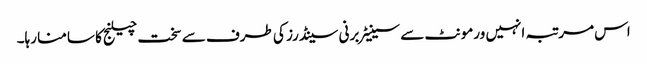
اس مرتبہ انہیں ورمونٹ سے سینیٹر برنی سینڈرز کی طرف سے سخت چیلنج کا سامنا رہا۔